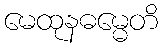
မေထုနဓမ္မေတိ